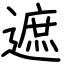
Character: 遮